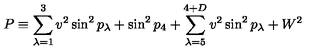
P \equiv \sum _ { \lambda = 1 } ^ { 3 } v ^ { 2 } \sin ^ { 2 } p _ { \lambda } + \sin ^ { 2 } p _ { 4 } + \sum _ { \lambda = 5 } ^ { 4 + D } v ^ { 2 } \sin ^ { 2 } p _ { \lambda } + W ^ { 2 }